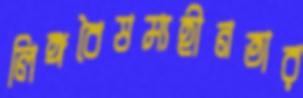
লিঙ্গবৈষম্যহীনতার